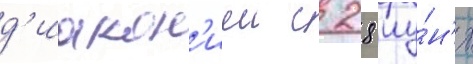
д'иакон'иеи с 28 иу́н'я